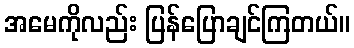
အမေကိုလည်း ပြန်ပြောချင်ကြတယ်။